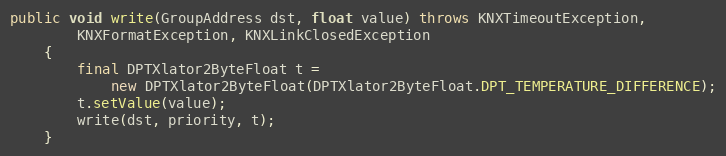
Language: Java
public void write(GroupAddress dst, float value) throws KNXTimeoutException,
		KNXFormatException, KNXLinkClosedException
	{
		final DPTXlator2ByteFloat t =
			new DPTXlator2ByteFloat(DPTXlator2ByteFloat.DPT_TEMPERATURE_DIFFERENCE);
		t.setValue(value);
		write(dst, priority, t);
	}